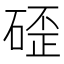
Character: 𮀬